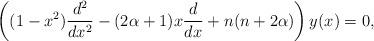
LaTeX: \begin{align*} \left((1-x^{2})\frac{d^2}{dx^2}-(2\alpha+1)x\frac{d}{dx} +n(n+2\alpha)\right) y(x)=0,\end{align*}